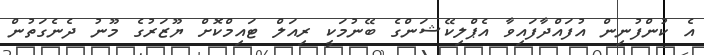
އެ ކުންފުނިން އުފައްދާފައިވާ އެޕްލިކޭޝަންގެ ބޭނުމަކީ ރިއަލް ޓައިމްކޮށް ޔޫޒަރުގެ މޫނު ދެނެގަތުން